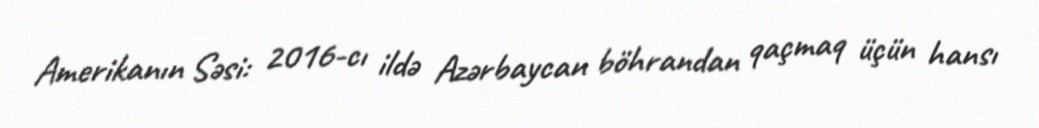
Amerikanın Səsi: 2016-cı ildə Azərbaycan böhrandan qaçmaq üçün hansı